Calcutta medical institutions reports 1871-78
Year: 1871
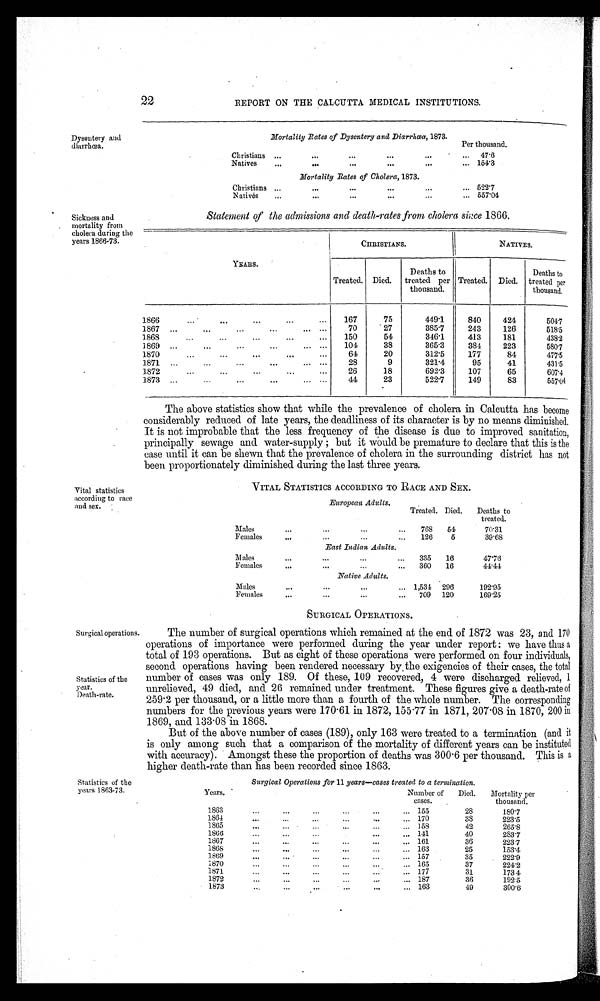
22
REPORT ON THE CALCUTTA MEDICAL INSTITUTIONS.
Dysentery and
diarrhœa.
Sickness and
mortality from
cholera during the
years 1866-73.
Vital statistics
according to race
and sex.
Mortality Rates of Dysentery and Diarrhœa, 1873.
Per thousand.
Christians
...
...
...
...
... 47.6
Natives
...
. . .
. . .
...
. . . 1 5 4 . 3
Mortality Rates of Cholera, 1873.
Christians
...
...
...
...
... 5 2 2 . 7
Natives
. . .
...
. . . ...
... 557.04
Statement of the admissions and death-rates from cholera since 1866.
YEARS.
CHRISTIANS.
NATIVES.
Treated. Died.
Deaths to
treated per
thousand.
Treated. Died.
Deaths to
treated per
thousand.
1866
167
75
449.1
840
424
504.7
1 8 6 7
70
27
385.7
243
126
518.5
1868
150
54
346.1
413
181
438.2
1 8 6 9
104
38
365.3
384
223
580.7
1870
64
20
312.5
177
84
477. 5
1 8 7 1
28
9
321.4
95
41
431.5
1872
26
18
692.3
107
65
607. 4
1 8 7 3
44
23
522.7
149
83
557.04
The above statistics show that While tile prevalence of cholera in Calcutta has become
considerably reduced of late years, the deadliness of its character is by no means diminished.
It is not improbable that the less frequency of the disease is due to improved sanitation,
principally sewage and water-supply; but it would be premature to declare that this is the
ease until it can be shewn that the prevalence of cholera in the surrounding district has not
been proportionately diminished during the last three years.
VITAL STATISTICS ACCORDING TO RACE AND SEX.
European Adults.
Treated. Died. Deaths to
treated.
Males
. . .
...
...
...
768 54
70.31
Females
. . .
...
...
...
126
5
39.68
East Indian Adults.
Males
. . .
...
...
... 335 16
47.76
Females
...
...
...
... 360 16
44.44
Native Adults.
Males
...
...
...
... 1,531 296
192.95
Females
...
...
...
... 709 120
169.25
SURGICAL OPERATIONS.
Surgical operations.
Statistics of the
year. Death-rate.
eaun-rate.
Statistics of the
years 1863-73.
The number of surgical operations which remained at the end of 1872 was 23, and 170
operations of importance were performed during the year under report: we have thus a
total of 193 operations. But as eight of these operations were performed on four individuals,
second operations having been rendered necessary by the exigencies of their cases, the total
number of cases was only 189. Of these, 109 recovered, 4 were discharged relieved, 1
unrelieved, 49 died, and 26 remained under treatment. These figures give a death-rate of
259.2 per thousand, or a little more than a fourth of the whole number. The corresponding
numbers for the previous years were 170.61 in 1872, 155.77 in 1871, 207.08 in 1870, 200 in
1869. and 133.08 in 1868.
But of the above number of cases (189), only 163 were treated to a termination (and it
is only among such that a comparison of the mortality of different years can be instituted
with accuracy). Amongst these the proportion of deaths was 300.6 per thousand. This is a
higher death-rate than has been recorded since 1863.
Surgical Operations for 11 years—cases treated to a termination.
Y e a r s .
Number of
cases.
Died. Mortality per
thousand.
1863
...
...
...
...
. . . ... 155
28
180.7
1864
...
...
...
...
...
... 170
38
223.5
1865
...
...
. . .
...
...
. . . 158
42
265.8
1866
. . .
. . .
. . .
. . .
. . .
. . . 141
40
283.7
1867
...
...
...
...
...
... 161
36
223.7
1868
. . .
. . .
. . .
. . .
. . .
... 163
25
1 5 3 . 4
1869
. . .
. . .
...
...
...
... 157
35
222.9
1870
...
...
. . .
. . .
. . .
... 165
37
2 2 4 . 2
1871
. . .
...
...
. . .
. . . ... 177
31
1 7 3 . 4
1872
. . .
...
. . .
. . .
...
... 187
36
1 9 2 . 5
1873
. . .
...
...
...
. . .
... 163
49
3 0 0 . 6